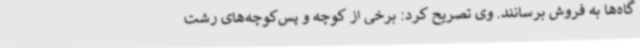
گاه‌ها به فروش برسانند. وی تصریح کرد: برخی از کوچه و پس‌کوچه‌های رشت